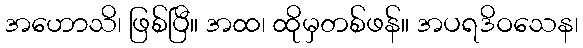
အဟောသိ၊ ဖြစ်ပြီ။ အထ၊ ထိုမှတစ်ဖန်။ အပရဒိဝသေန၊